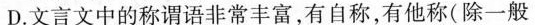
D.文言文中的称谓语非常丰富，有自称，有他称(除一般